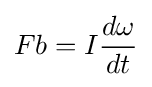
Fb=I{\frac {d\omega }{dt}}